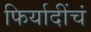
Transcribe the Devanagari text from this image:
फिर्यादींचं